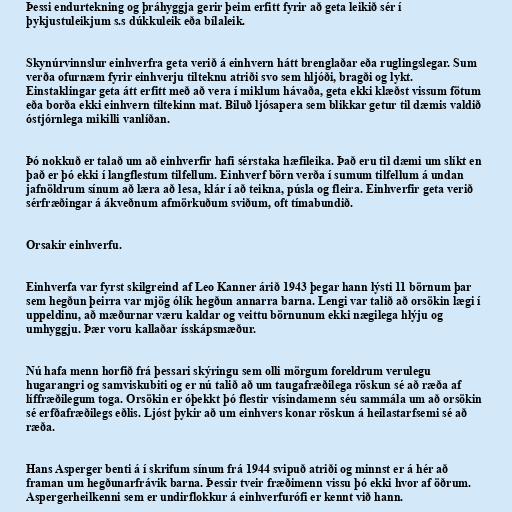
Þessi endurtekning og þráhyggja gerir þeim erfitt fyrir að geta leikið sér í
þykjustuleikjum s.s dúkkuleik eða bílaleik.

Skynúrvinnslur einhverfra geta verið á einhvern hátt brenglaðar eða ruglingslegar. Sum
verða ofurnæm fyrir einhverju tilteknu atriði svo sem hljóði, bragði og lykt.
Einstaklingar geta átt erfitt með að vera í miklum hávaða, geta ekki klæðst vissum fötum
eða borða ekki einhvern tiltekinn mat. Biluð ljósapera sem blikkar getur til dæmis valdið
óstjórnlega mikilli vanlíðan.

Þó nokkuð er talað um að einhverfir hafi sérstaka hæfileika. Það eru til dæmi um slíkt en
það er þó ekki í langflestum tilfellum. Einhverf börn verða í sumum tilfellum á undan
jafnöldrum sínum að læra að lesa, klár í að teikna, púsla og fleira. Einhverfir geta verið
sérfræðingar á ákveðnum afmörkuðum sviðum, oft tímabundið.

Orsakir einhverfu.

Einhverfa var fyrst skilgreind af Leo Kanner árið 1943 þegar hann lýsti 11 börnum þar
sem hegðun þeirra var mjög ólík hegðun annarra barna. Lengi var talið að orsökin lægi í
uppeldinu, að mæðurnar væru kaldar og veittu börnunum ekki nægilega hlýju og
umhyggju. Þær voru kallaðar ísskápsmæður.

Nú hafa menn horfið frá þessari skýringu sem olli mörgum foreldrum verulegu
hugarangri og samviskubiti og er nú talið að um taugafræðilega röskun sé að ræða af
líffræðilegum toga. Orsökin er óþekkt þó flestir vísindamenn séu sammála um að orsökin
sé erfðafræðilegs eðlis. Ljóst þykir að um einhvers konar röskun á heilastarfsemi sé að
ræða.

Hans Asperger benti á í skrifum sínum frá 1944 svipuð atriði og minnst er á hér að
framan um hegðunarfrávik barna. Þessir tveir fræðimenn vissu þó ekki hvor af öðrum.
Aspergerheilkenni sem er undirflokkur á einhverfurófi er kennt við hann.